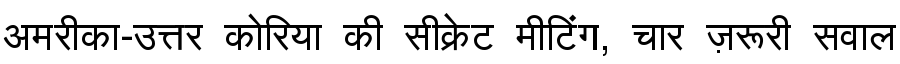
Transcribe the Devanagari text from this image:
अमरीका-उत्तर कोरिया की सीक्रेट मीटिंग, चार ज़रूरी सवाल